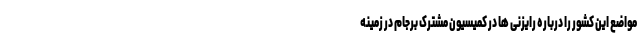
مواضع این کشور را درباره رایزنی ها در کمیسیون مشترک برجام در زمینه